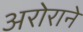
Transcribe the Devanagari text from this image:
अरोराने